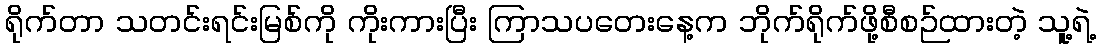
ရိုက်တာ သတင်းရင်းမြစ်ကို ကိုးကားပြီး ကြာသပတေးနေ့က ဘိုက်ရိုက်ဖို့စီစဉ်ထားတဲ့ သူ့ရဲ့